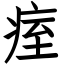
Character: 痓